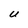
Character: U